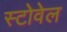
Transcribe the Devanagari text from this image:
स्टोवेल